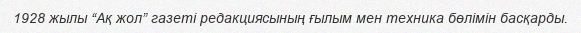
1928 жылы “Ақ жол” газеті редакциясының ғылым мен техника бөлімін басқарды.